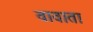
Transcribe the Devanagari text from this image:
वावाता